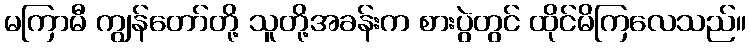
မကြာမီ ကျွန်တော်တို့ သူတို့အခန်းက စားပွဲတွင် ထိုင်မိကြလေသည်။